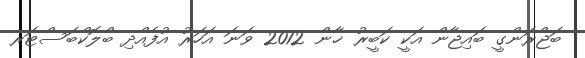
ބަޖްރަންގީ ބައިޖާން އަކީ ކަބީރު ޚާން 2012 ވަނަ އަހަރު އުފެއްދި ބްލޮކްބަސްޓަރ